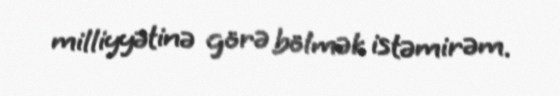
milliyyətinə görə bölmək istəmirəm.